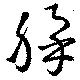
綵